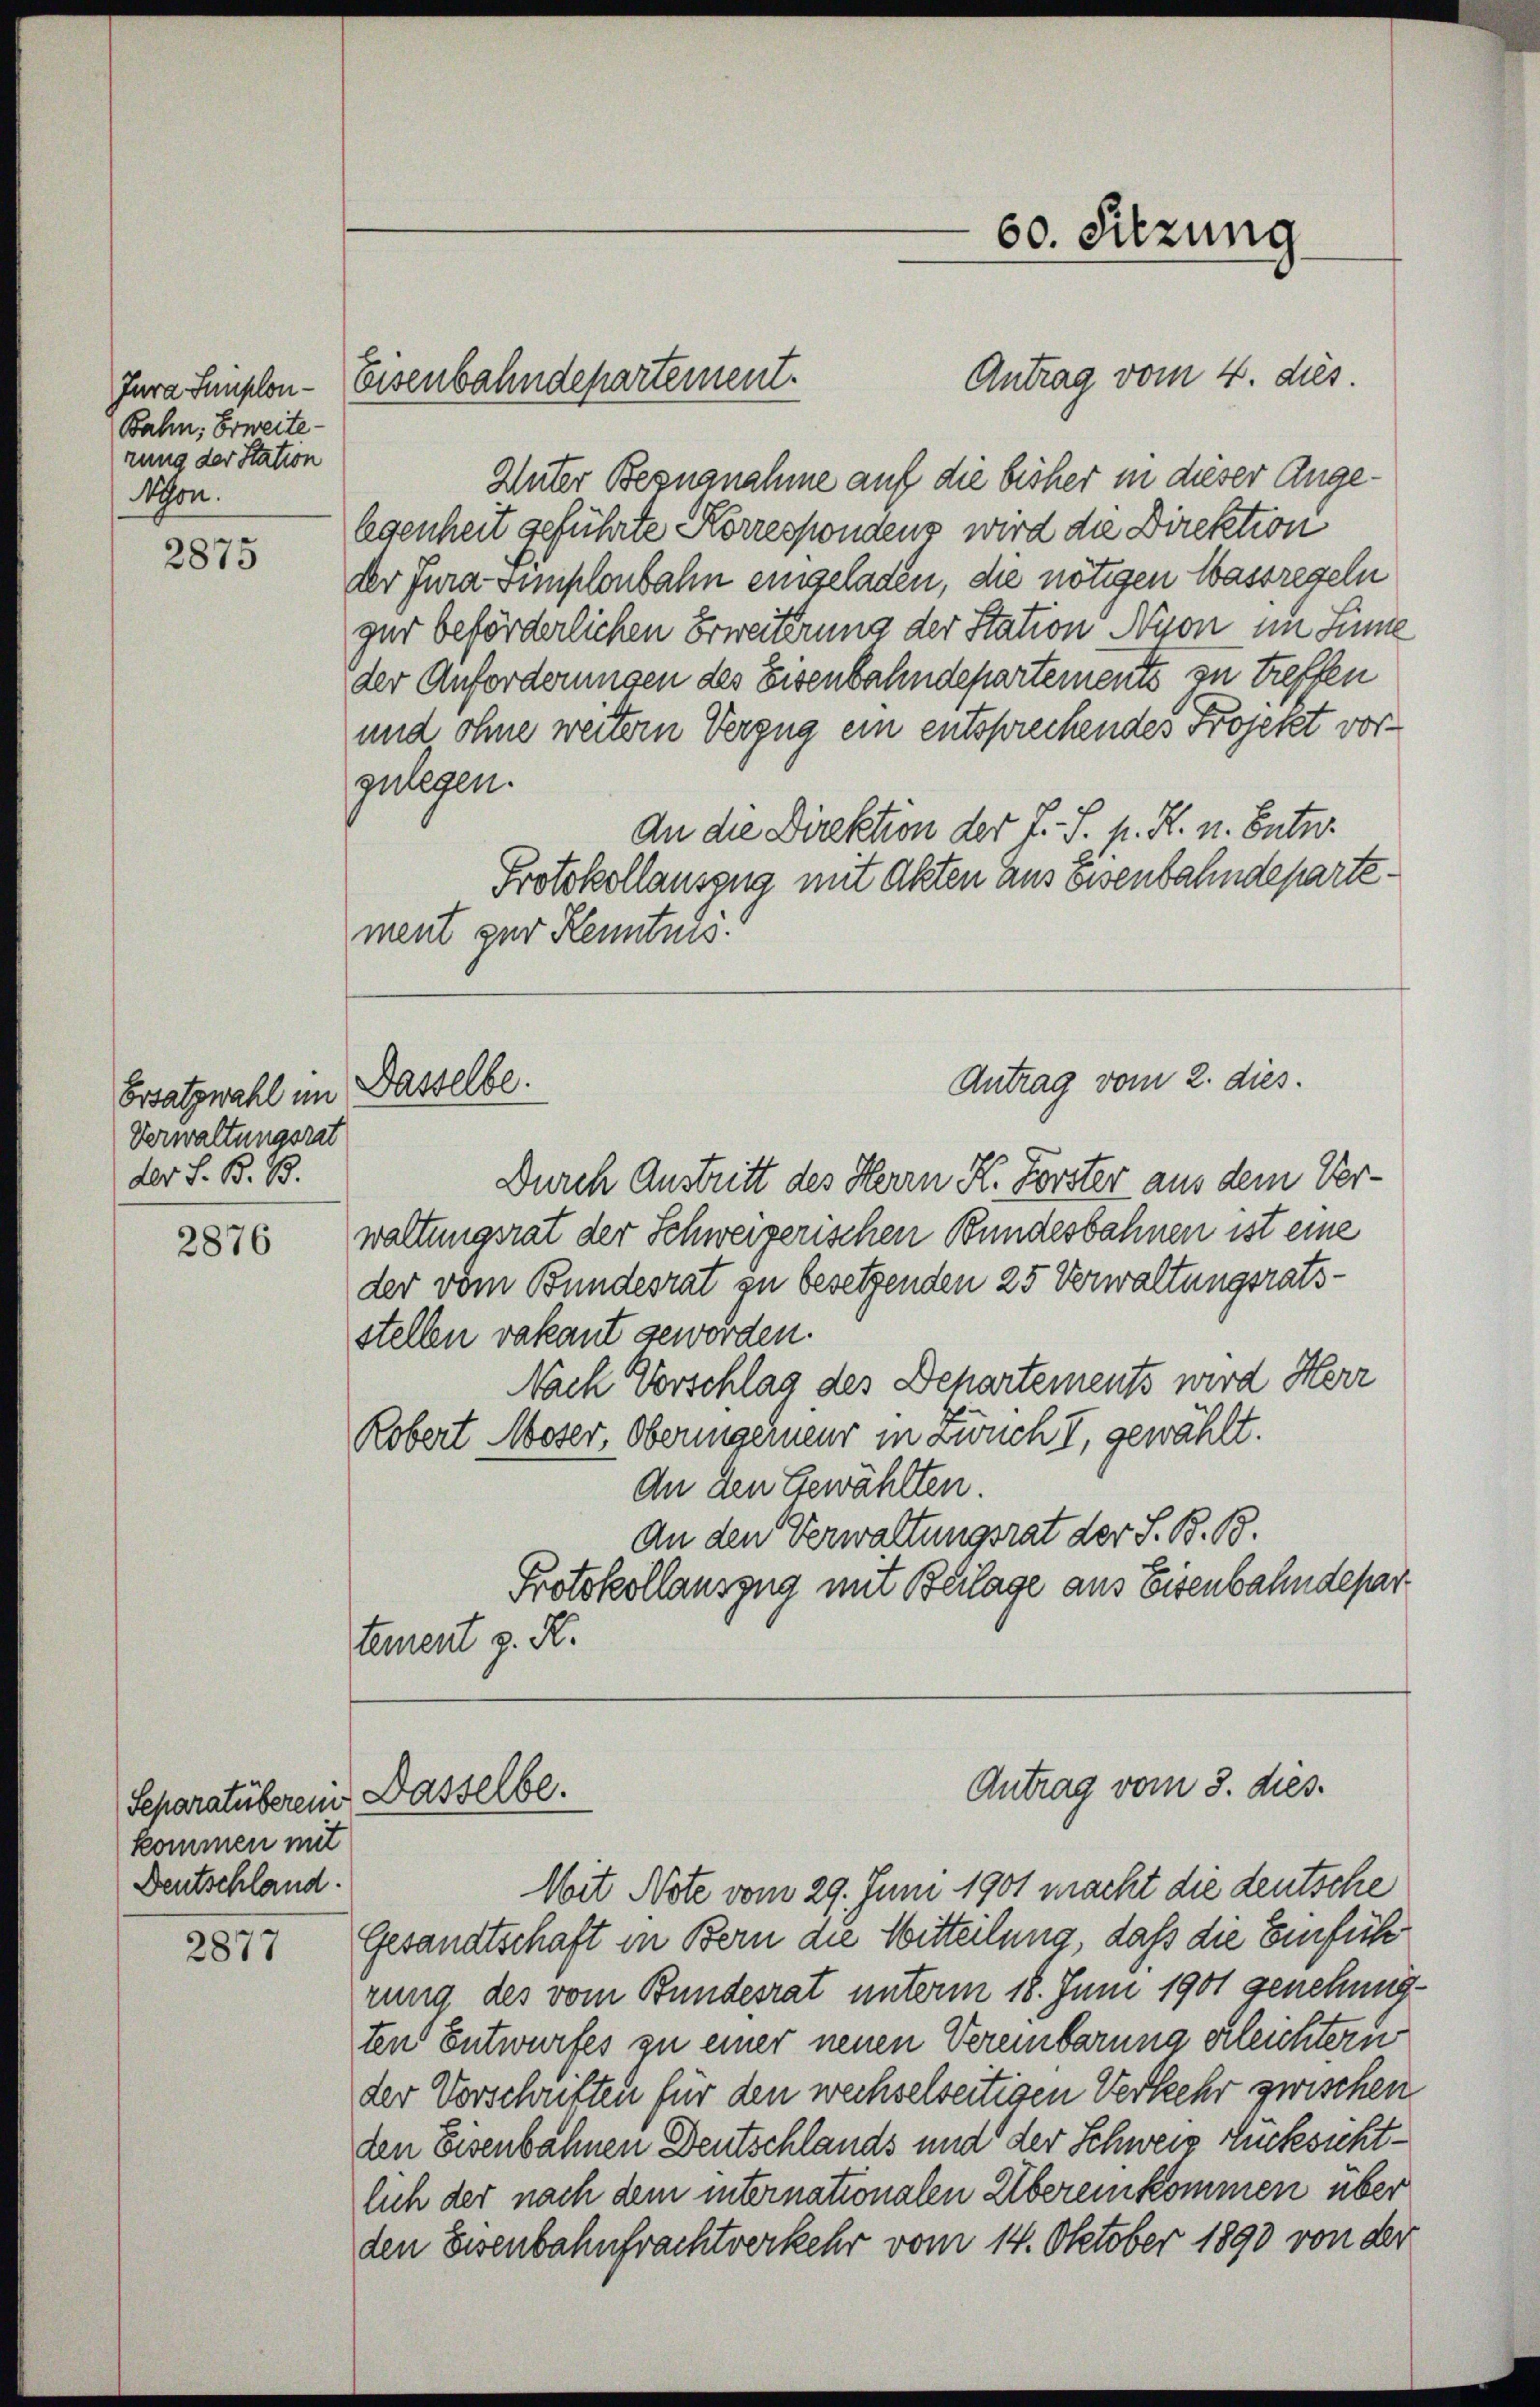
Bahn, Erweite
rung der Station
son.

2875

Ersatzwahl im
Verwaltungsrat
der S. B. B.

2876

kommen mit
Deutschland.

2877

Antrag vom 4. dies
Unter Bezugnahme auf die bisher in dieser Angelegenheit geführte Korrespondens wird die Direktion
der Jura simplenbahn eingeladen, die nötigen Wassregeln
gur beförderlichen Erweiterung der Station Nyon im Sinne
der Anforderungen des Eisenbahndepartements zu treffen
und ohne weitern Verzug ein entsprechendes Projekt vorzulegen.
An die Direktion der J. S. M. R. n. Enter
Protokollauszug mit Akten aus Eisenbahndepartement zur Kenntnis

Dasselbe.

Jura Funplon - Eisenbahndepartement.

Separatüberem Dasselbe.

60. Sitzung

Antrag vom 2. dies.

Durch Anstritt des Herrn K. Forster aus dem Verwaltungsrat der Schweizerischen Bundesbahnen ist eine
der vom Bundesrat zu besetzenden 25 Verwaltungsrats-
stellen vakant geworden.
Nach Vorschlag des Departements wird Herr
Robert Moser, Oberingerneur in wucht, gewählt.
An den Gewählten.
An den Verwaltungsrat der S. B. B.
Protokollauszug mit Beilage aus Eisenbahndepar
tement z. R.

Antrag vom 3. dies.

Nit Note vom 29. Juni 1901 macht die deutsche
Gesandtschaft in Bern die Witteilung, daß die Einführung des vom Bundesrat unterm 18. Juni 1901 genehmigten Entwurfes zu einer neuen Vereinbarung erleichtern
der Vorschriften für den wechselseitigen Verkehr zwischen
den Eisenbahnen Deutschlands und der Schweiz Zuckesichtlich der nach dem internationalen Übereinkommen über
den Eisenbahnfrachtverkehr vom 14. Oktober 1890 von der